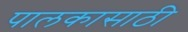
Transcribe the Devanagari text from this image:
पालकासाठी